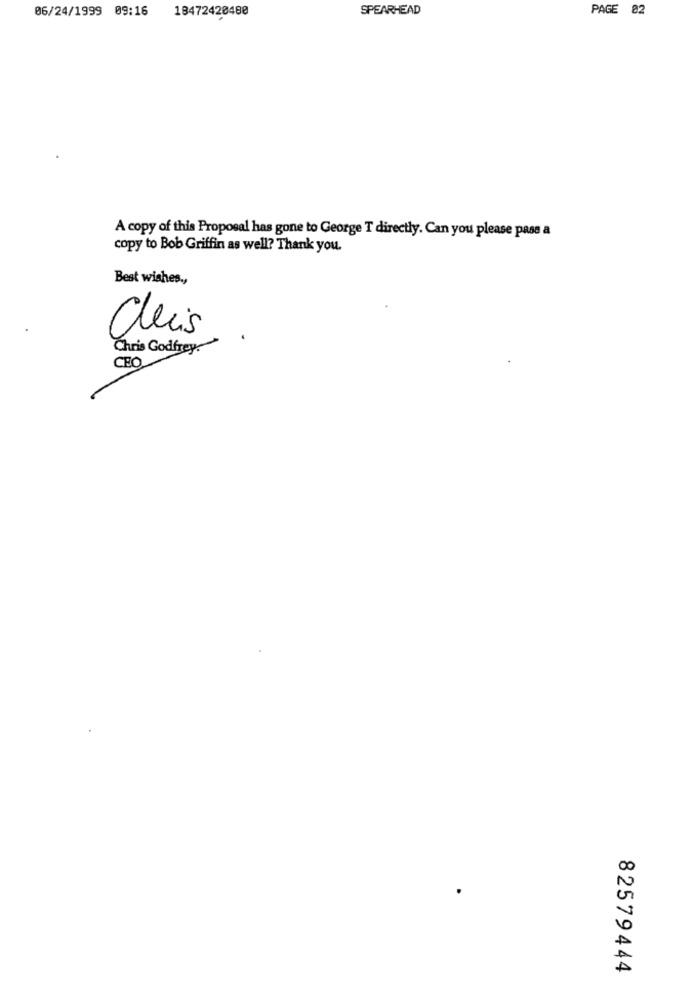
06/24/1999 09:16 18472420480
SPEARHEAD
PAGE 82
A copy of this Proposal has gone to George T directly. Can you please pass a
copy to Bob Griffin as well? Thank you.
Best wishes .,
Cuis
Chris Godfrey.
CEO
82579444